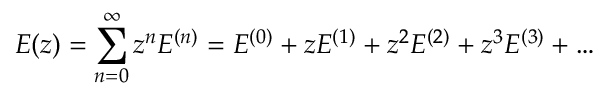
E ( z ) = \sum _ { n = 0 } ^ { \infty } z ^ { n } E ^ { ( n ) } = E ^ { ( 0 ) } + z E ^ { ( 1 ) } + z ^ { 2 } E ^ { ( 2 ) } + z ^ { 3 } E ^ { ( 3 ) } + \ldots